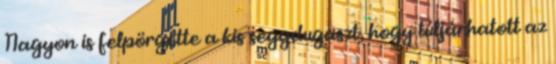
Nagyon is felpörgette a kis seggdugaszt, hogy túljárhatott az